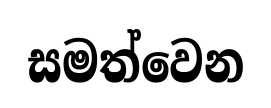
සමත්වෙන